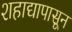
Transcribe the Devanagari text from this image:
शहाद्यापासून